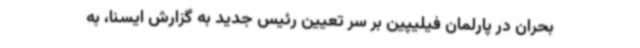
بحران در پارلمان فیلیپین بر سر تعیین رئیس جدید به گزارش ایسنا، به